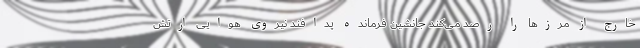
خارج از مرزها را رصد می‌کند جانشین فرمانده پدافند نیروی هوایی ارتش